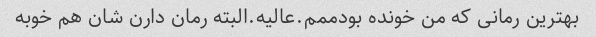
بهترین رمانی که من خونده بودممم.عالیه.البته رمان دارن شان هم خوبه